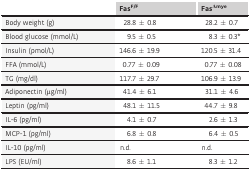
<table><thead><tr><td></td><td><b>Fas<sup>F/F</sup></b></td><td><b>Fas<sup>Δmye</sup></b></td></tr></thead><tbody><tr><td>Body weight (g)</td><td>28.8 ± 0.8</td><td>28.2 ± 0.7</td></tr><tr><td>Blood glucose (mmol/L)</td><td>9.5 ± 0.5</td><td>8.3 ± 0.3*</td></tr><tr><td>Insulin (pmol/L)</td><td>146.6 ± 19.9</td><td>120.5 ± 31.4</td></tr><tr><td>FFA (mmol/L)</td><td>0.77 ± 0.09</td><td>0.77 ± 0.08</td></tr><tr><td>TG (mg/dl)</td><td>117.7 ± 29.7</td><td>106.9 ± 13.9</td></tr><tr><td>Adiponectin (μg/ml)</td><td>41.4 ± 6.1</td><td>31.1 ± 4.6</td></tr><tr><td>Leptin (pg/ml)</td><td>48.1 ± 11.5</td><td>44.7 ± 9.8</td></tr><tr><td>IL-6 (pg/ml)</td><td>4.1 ± 0.7</td><td>2.6 ± 1.3</td></tr><tr><td>MCP-1 (pg/ml)</td><td>6.8 ± 0.8</td><td>6.4 ± 0.5</td></tr><tr><td>IL-10 (pg/ml)</td><td>n.d.</td><td>n.d.</td></tr><tr><td>LPS (EU/ml)</td><td>8.6 ± 1.1</td><td>8.3 ± 1.2</td></tr></tbody></table>